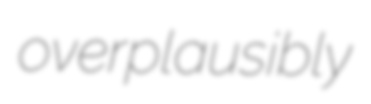
overplausibly